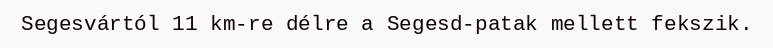
Segesvártól 11 km-re délre a Segesd-patak mellett fekszik.